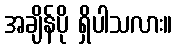
အချိန်ပို ရှိပါသလား။